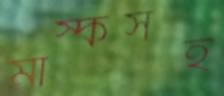
মাস্কসহ